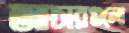
আচারগুলো